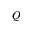
Q